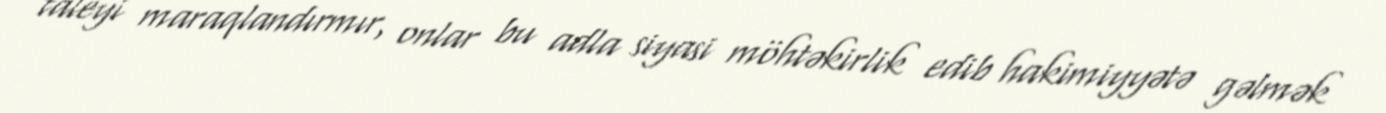
taleyi maraqlandırmır, onlar bu adla siyasi möhtəkirlik edib hakimiyyətə gəlmək